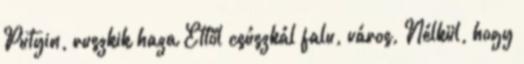
Putyin, ruszkik haza Ettől csúszkál falu, város, Nélkül, hogy